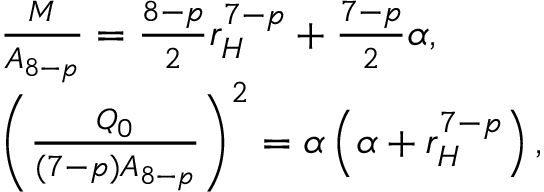
\begin{array} { l } { { \frac { M } { A _ { 8 - p } } = \frac { 8 - p } { 2 } r _ { H } ^ { 7 - p } + \frac { 7 - p } { 2 } \alpha , } } \\ { { \left( \frac { Q _ { 0 } } { ( 7 - p ) A _ { 8 - p } } \right) ^ { 2 } = \alpha \left( \alpha + r _ { H } ^ { 7 - p } \right) , } } \end{array}